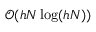
\mathcal { O } ( h N \log ( h N ) )